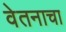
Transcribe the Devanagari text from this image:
वेतनाचा